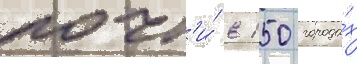
почт'и́ в 150 города́х